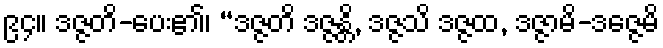
၉၄။ ဒဇ္ဇတိ-ပေး၏၊ “ဒဇ္ဇတိ ဒဇ္ဇန္တိ, ဒဇ္ဇသိ ဒဇ္ဇထ, ဒဇ္ဇာမိ-ဒဇ္ဇေမိ